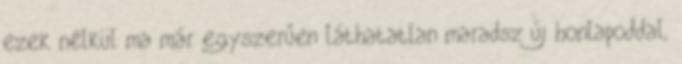
ezek nélkül ma már egyszerűen láthatatlan maradsz új honlapoddal,